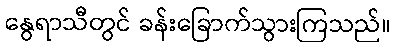
နွေရာသီတွင် ခန်းခြောက်သွားကြသည်။